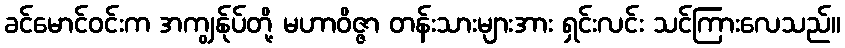
ခင်မောင်ဝင်းက အကျွန်ုပ်တို့ မဟာဝိဇ္ဇာ တန်းသားများအား ရှင်းလင်း သင်ကြားလေသည်။